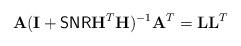
LaTeX: \begin{align*}\mathbf{A}(\mathbf{I} + {\sf SNR} \mathbf{H}^T \mathbf{H})^{-1} \mathbf{A}^T = \mathbf{L} \mathbf{L}^T\end{align*}